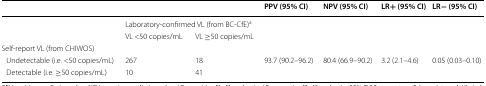
<table><thead><tr><td></td><td colspan="2"></td><td><b>PPV (95% CI)</b></td><td><b>NPV (95% CI)</b></td><td><b>LR+ (95% CI)</b></td><td><b>LR− (95% CI)</b></td></tr></thead><tbody><tr><td></td><td colspan="2">Laboratory-confirmed VL (from BC-CfE)<sup>a</sup></td><td></td><td></td><td></td><td></td></tr><tr><td></td><td>VL &lt;50 copies/mL</td><td>VL ≥50 copies/mL</td><td></td><td></td><td></td><td></td></tr><tr><td colspan="7">Self-report VL (from CHIWOS)</td></tr><tr><td> Undetectable (i.e. &lt;50 copies/mL)</td><td>267</td><td>18</td><td>93.7 (90.2–96.2)</td><td>80.4 (66.9–90.2)</td><td>3.2 (2.1–4.6)</td><td>0.05 (0.03–0.10)</td></tr><tr><td> Detectable (i.e. ≥50 copies/mL)</td><td>10</td><td>41</td><td></td><td></td><td></td><td></td></tr></tbody></table>